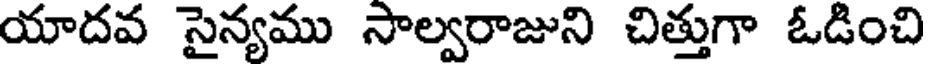
యాదవ సైన్యము సాల్వరాజుని చిత్తుగా ఓడించి